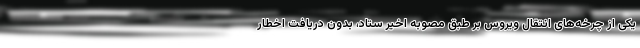
یکی از چرخه‌های انتقال ویروس بر طبق مصوبه اخیر ستاد، بدون دریافت اخطار